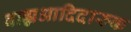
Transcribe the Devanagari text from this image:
बाह्यआदिदारुक